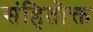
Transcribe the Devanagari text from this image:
संहितोक्त